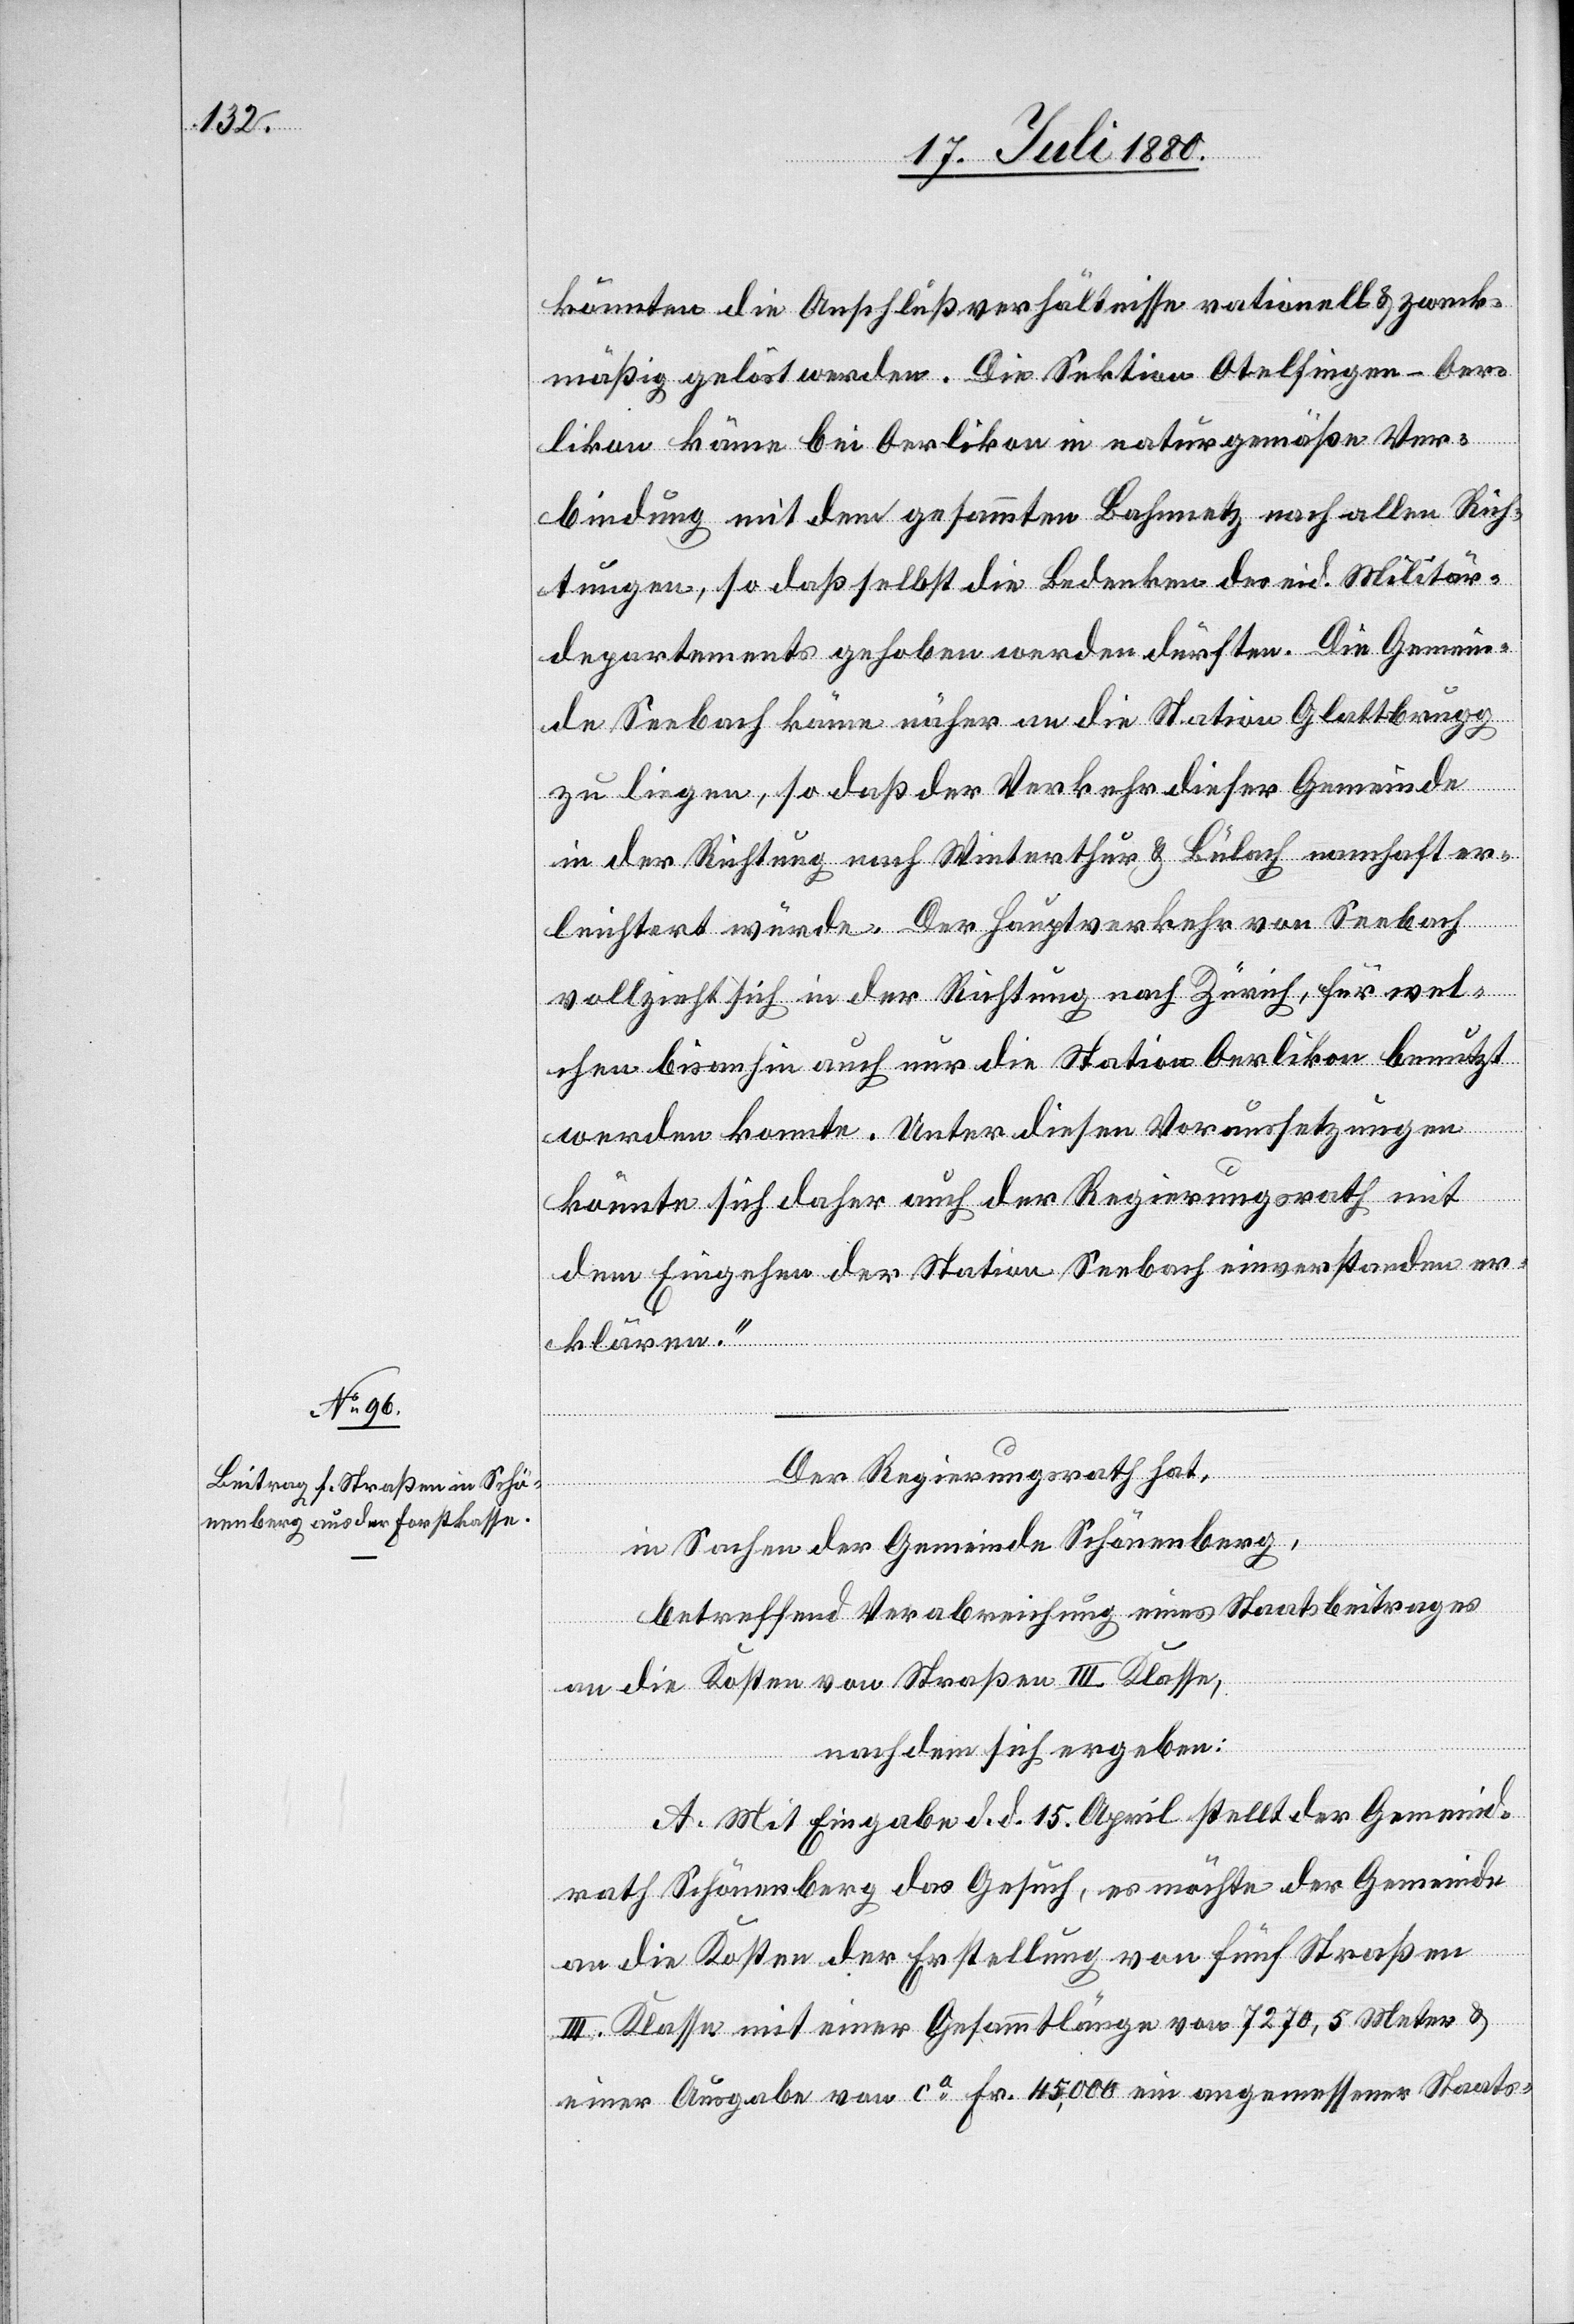
könnten die Anschlußverhältnisse rationell & zweck¬
mäßig gelöst werden. Die Sektion Otelfingen–Oer¬
likon käme bei Oerlikon in naturgemäße Ver¬
bindung mit dem gesammten Bahnnetz nach allen Rich¬
tungen, so daß selbst die Bedenken des eid. Militär¬
departements gehoben werden dürften. Die Gemein¬
de Seebach käme näher an die Station Glattbrugg
zu liegen, so daß der Verkehr dieser Gemeinde
in der Richtung nach Winterthur & Bülach namhaft er¬
leichtert würde. Der Hauptverkehr von Seebach
vollzieht sich in der Richtung nach Zürich, für wel¬
chen bisanhin auch nur die Station Oerlikon benutzt
werden konnte. Unter diesen Voraussetzungen
könnte sich daher auch der Regierungsrath mit
dem Eingehen der Station Seebach einverstanden er¬
klären.“
Der Regierungsrath hat,
in Sachen der Gemeinde Schönenberg,
betreffend Verabreichung eines Staatsbeitrages
an die Kosten von Straßen III. Klasse,
nach dem sich ergeben:
A. Mit Eingabe d. d. 15. April stellt der Gemeind¬
rath Schönenberg das Gesuch, es möchte der Gemeinde
an die Kosten der Erstellung von fünf Straßen
III. Klasse mit einer Gesammtlänge von 7270,5 Meter &
einer Ausgabe von ca Fr. 45,000 ein angemessener Staats-